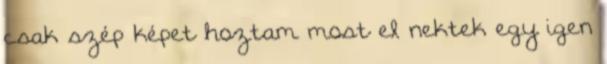
csak szép képet hoztam most el nektek egy igen